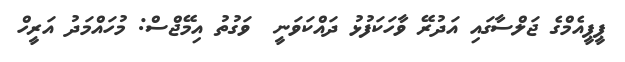
ޕީޕީއެމްގެ ޖަލްސާގައި އަދުރޭ ވާހަކަފުޅު ދައްކަވަނީ  ވަގުތު އިމޭޖްސް: މުހައްމަދު އަރީހް